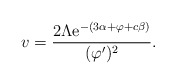
\begin{align*}v =\frac{2\Lambda{\rm e}^{-(3\alpha + \varphi + c\beta)}}{(\varphi')^2}.\end{align*}